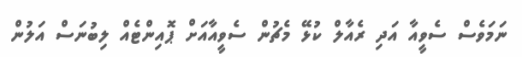
ނަމަވެސް ސެވީއާ އަދި ރެއާލް ކުޅޭ މެޗުން ސެވީއާއަށް ޕޮއިންޓެއް ލިބުނަސް އަލުން